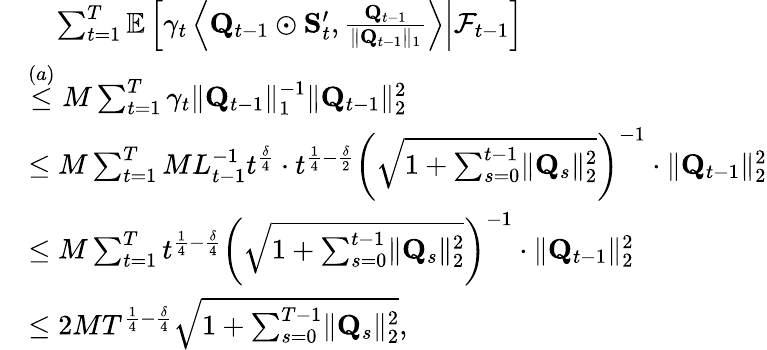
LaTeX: \begin{array}{rl}&{\quad\sum_{t=1}^{T}\mathbb E\left[\left.\gamma_{t}\left\langle\mathbf Q_{t-1}\odot\mathbf S_{t}^{\prime},\frac{\mathbf Q_{t-1}}{\lVert\mathbf Q_{t-1}\rVert_{1}}\right\rangle\right\rvert\mathcal F_{t-1}\right]}\\ &{\stackrel{(a)}\le M\sum_{t=1}^{T}\gamma_{t}\lVert\mathbf Q_{t-1}\rVert_{1}^{-1}\lVert\mathbf Q_{t-1}\rVert_{2}^{2}}\\ &{\le M\sum_{t=1}^{T}ML_{t-1}^{-1}t^{\frac\delta 4}\cdot t^{\frac 14-\frac\delta 2}\left(\sqrt{1+\sum_{s=0}^{t-1}\lVert\mathbf Q_{s}\rVert_{2}^{2}}\right)^{-1}\cdot\lVert\mathbf Q_{t-1}\rVert_{2}^{2}}\\ &{\le M\sum_{t=1}^{T}t^{\frac 14-\frac\delta 4}\left(\sqrt{1+\sum_{s=0}^{t-1}\lVert\mathbf Q_{s}\rVert_{2}^{2}}\right)^{-1}\cdot\lVert\mathbf Q_{t-1}\rVert_{2}^{2}}\\ &{\le 2MT^{\frac 14-\frac\delta 4}\sqrt{1+\sum_{s=0}^{T-1}\lVert\mathbf Q_{s}\rVert_{2}^{2}},}\end{array}